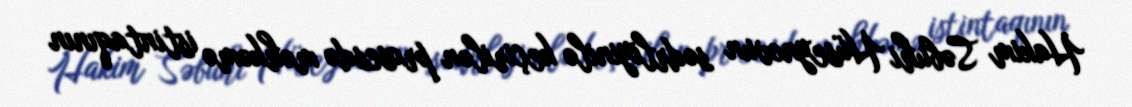
Hakim Səbuhi Hüseynovun sədrliyinilə keçirilən prosesdə məhkəmə istintaqının